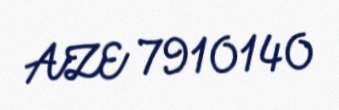
AZE 7910140